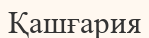
Қашғария